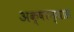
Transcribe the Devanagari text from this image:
अक्षरन्यास